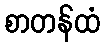
စာတန်ထံ